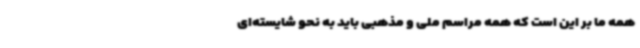
همه ما بر این است که همه مراسم ملی و مذهبی باید به نحو شایسته‌ای